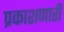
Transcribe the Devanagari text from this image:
प्रकाशणारी